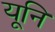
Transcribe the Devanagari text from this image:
यूनि